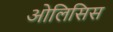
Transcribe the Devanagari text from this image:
ओलिसिस